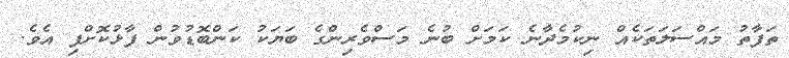
ތަފާތު މައްސަލަތަކެއް ނިކުމެދާނެ ކަމަށް ބުނެ މަސްވެރިންގެ ބަޔަކު ކަންބޮޑުވުން ފާޅުކޮށްފި އެވެ.